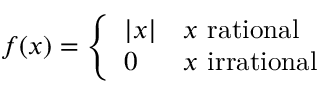
f ( x ) = { \left\{ \begin{array} { l l } { | x | } & { x { \mathrm { ~ r a t i o n a l ~ } } } \\ { 0 } & { x { \mathrm { ~ i r r a t i o n a l ~ } } } \end{array} \right. }